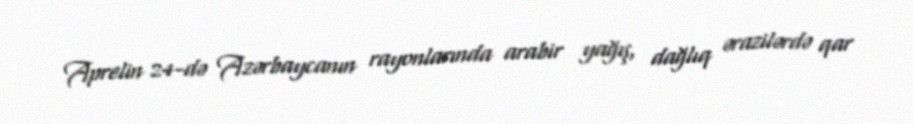
Aprelin 24-də Azərbaycanın rayonlarında arabir yağış, dağlıq ərazilərdə qar